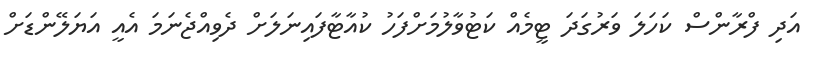
އަދި ފްރާންސް ކަހަލަ ވަރުގަދަ ޓީމެއް ކަޓުވާލުމަށްފަހު ކުއާޓާފައިނަލަށް ދެވިއްޖެނަމަ އެއީ އަޔަލޭންޑަށް